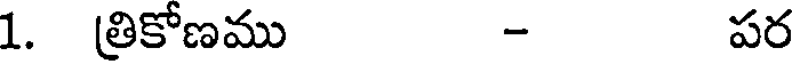
1. త్రికోణము - పర